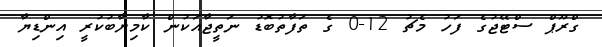
ގްރޫޕް ސްޓޭޖުގެ ފަހު މެޗު 12-0 ގެ ތަފާތުބޮޑު ނަތީޖާއަކުން ކާމިޔާބުކުރީ އިންޑިޔާ